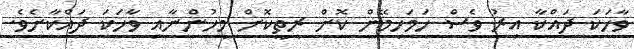
ވާހަކަ ދައްކާ އިރު ވެސް ހަމަހިމޭން ކޮށް ރީތީކޮށް މީހުންނާއި ވާހަކަ ދައްކާށެވެ.